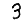
Digit: 3